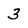
Character: 3